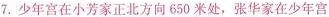
7.少年宫在小芳家正北方向650米处，张华家在少年宫